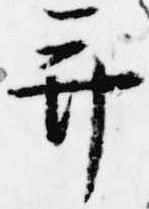
并